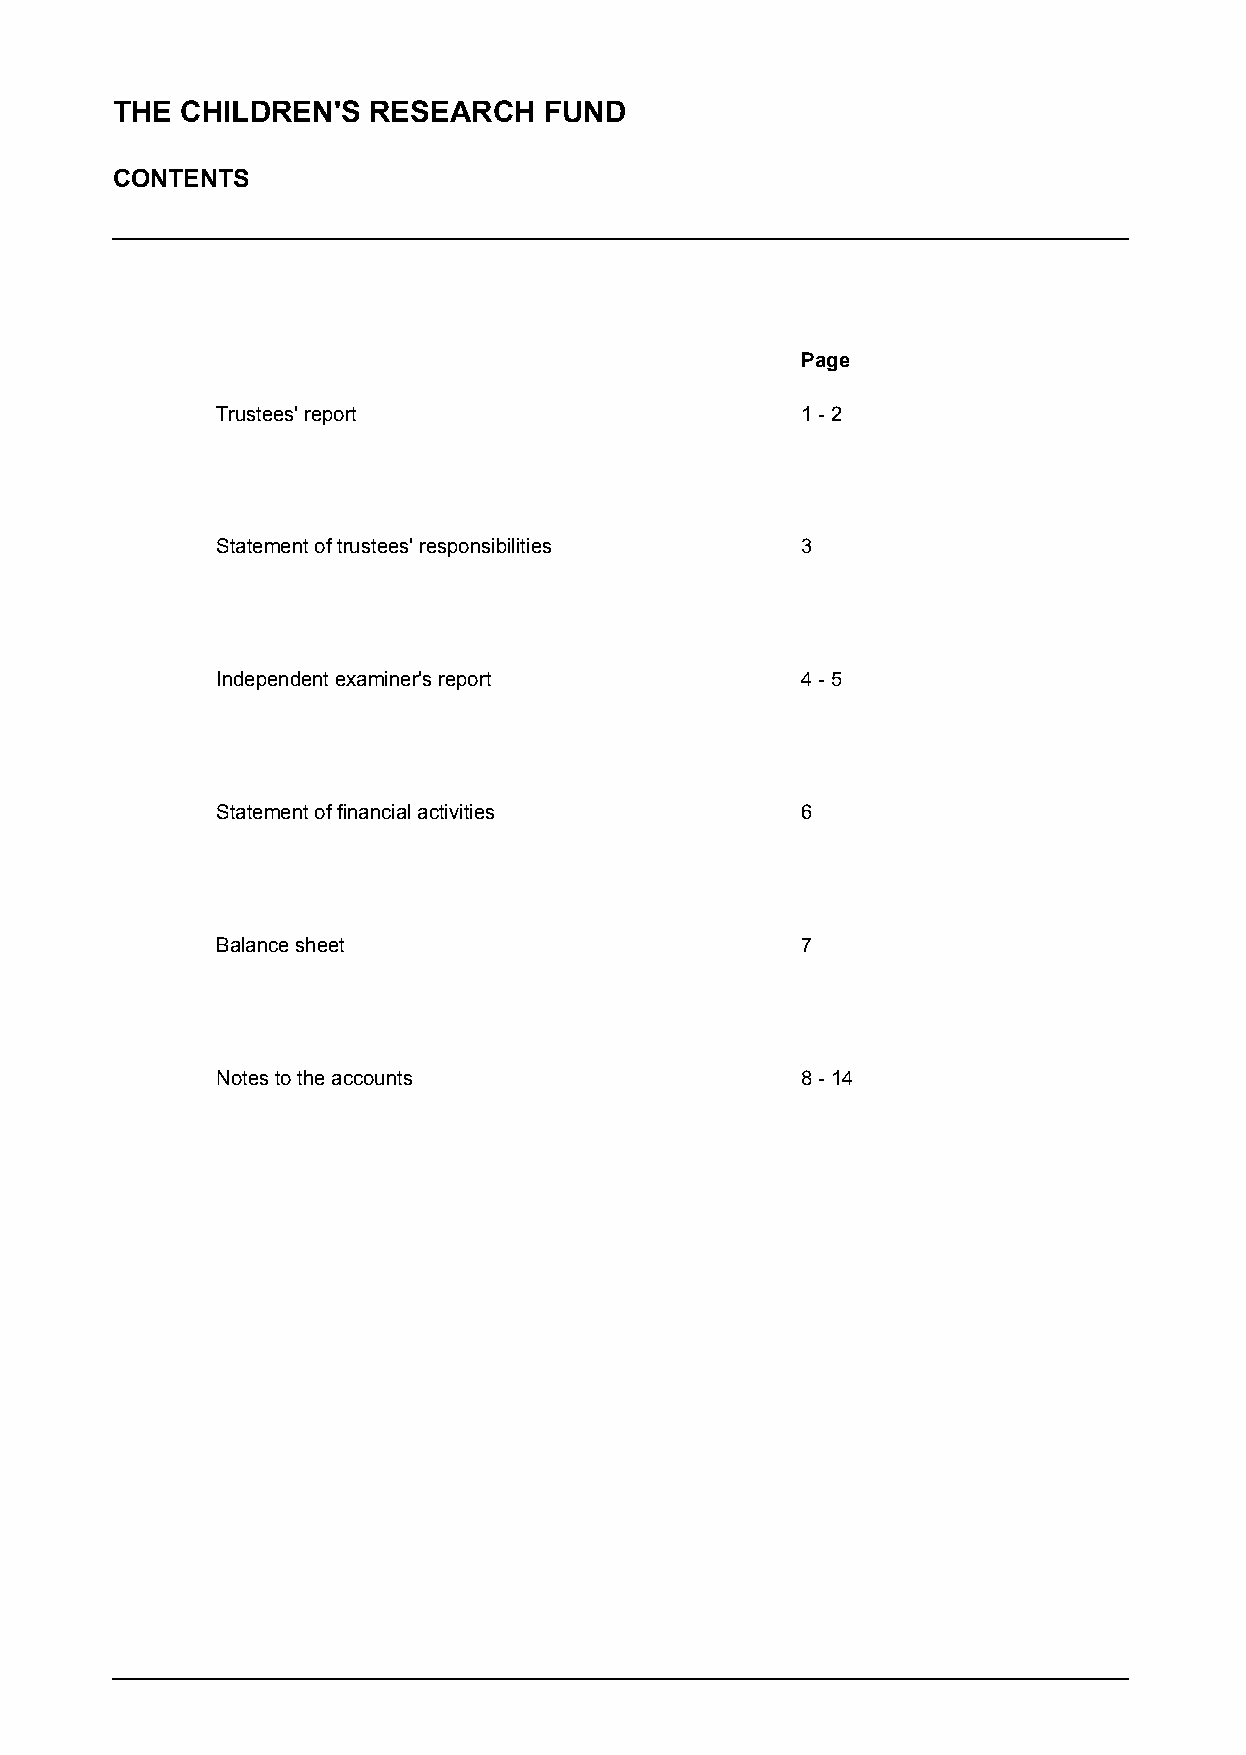
THE  CHILDREN'S  RESEARCH    FUND
 CONTENTS
 Page
 Trustees' report                       1 - 2
 Statement of trustees' responsibilities 3
 Independent examiner's report          4 - 5
 Statement of financial activities      6
 Balance sheet                          7
 Notes to the accounts                  8 - 14